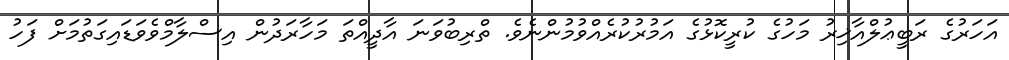
އަހަރުގެ ރަބީޢުލްއާޚިރު މަހުގެ ކުރީކޮޅުގެ އަމުރުކުރެއްވުމުންނެވެ. ތްރިބުވަނަ އާދީއްތަ މަހާރަދުން އިސްލާމްވެވަޑައިގަތުމަށް ފަހު